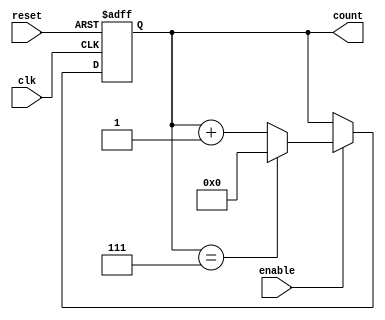
module mod_n_async_counter #(parameter N = 8) (
    input wire clk,         // Clock input
    input wire reset,       // Asynchronous reset
    input wire enable,      // Enable input to control counting
    output reg [N-1:0] count // Output count value
);

// Calculate the number of flip-flops needed
localparam WIDTH = $clog2(N);

// Increment the counter on each clock edge if enabled
always @(posedge clk or posedge reset) begin
    if (reset) begin
        count <= 0; // Reset count to 0
    end else if (enable) begin
        if (count == (N-1)) begin
            count <= 0; // Reset to 0 when reaching N-1
        end else begin
            count <= count + 1; // Increment count
        end
    end
end

endmodule